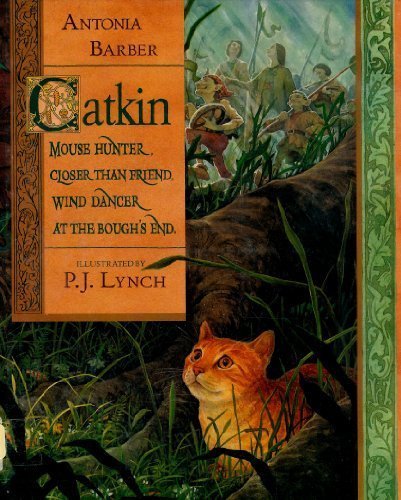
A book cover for Catkin; Antonia Barber; Children's Books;